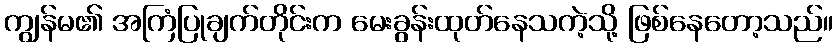
ကျွန်မ၏ အကြံပြုချက်တိုင်းက မေးခွန်းထုတ်နေသကဲ့သို့ ဖြစ်နေတော့သည်။